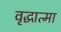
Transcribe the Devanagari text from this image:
वृद्धात्मा